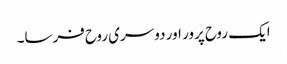
ایک روح پرور اور دوسری روح فرسا۔